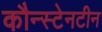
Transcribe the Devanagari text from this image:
कौन्स्टेनटीन